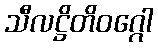
သီလဋ္ဌိတိဝဂ္ဂေါ